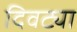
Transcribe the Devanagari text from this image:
दिवट्या